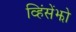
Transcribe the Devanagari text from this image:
व्हिंसेंझो